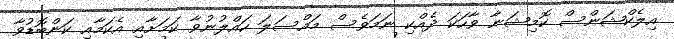
އިލެކްޝަންސް ކޮމިޝަނާ ވާހަކަ ދެއްކި ނަމަވެސް މައްސަލަ ހައްލުނުވާ ކަމަށާއި އެކަމާއި ކަންބޮޑުވާ